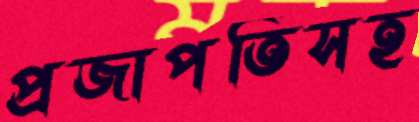
প্রজাপতিসহ